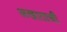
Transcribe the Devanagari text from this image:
अखाताची